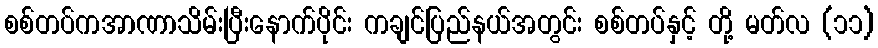
စစ်တပ်ကအာဏာသိမ်းပြီးနောက်ပိုင်း ကချင်ပြည်နယ်အတွင်း စစ်တပ်နှင့် တို့ မတ်လ (၁၁)